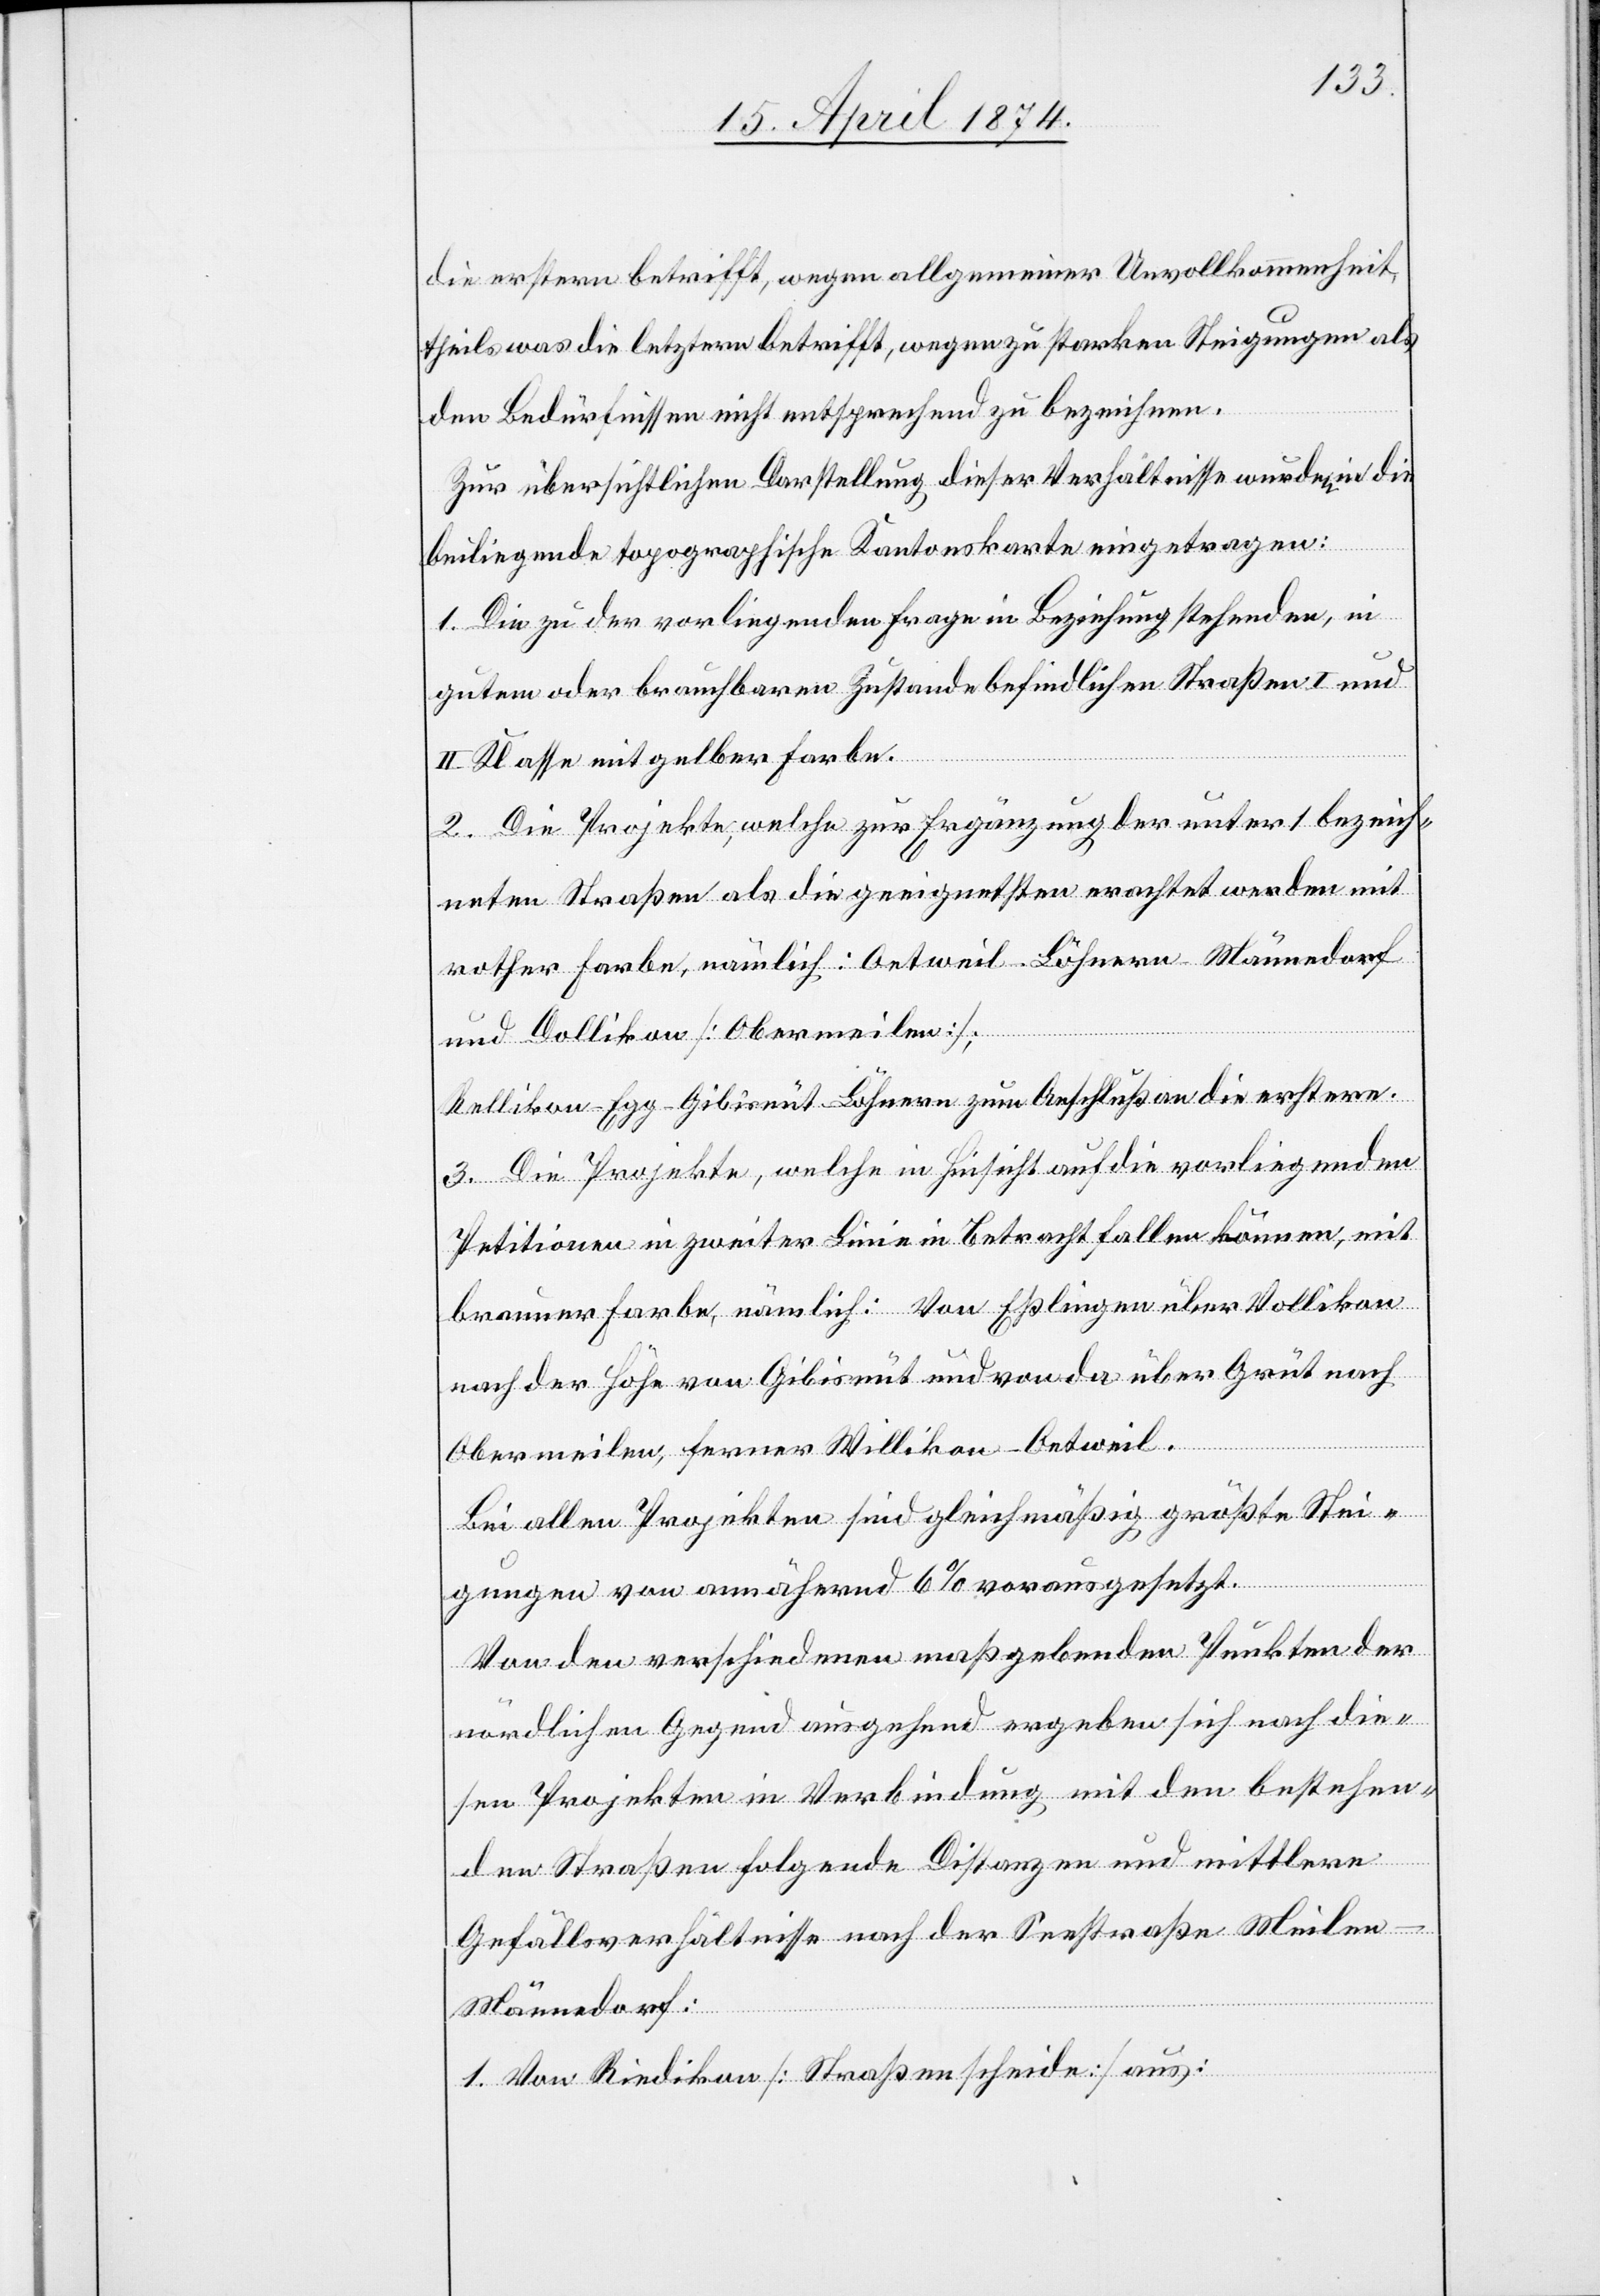
die erstern betrifft, wegen allgemeiner Unvollkommenheit,
theils was die letztern betrifft, wegen zu starken Steigungen als
den Bedürfnissen nicht entsprechend zu bezeichnen.
Zur übersichtlichen Darstellung dieser Verhältnisse wurde in die
beiliegende topographische Kantonskarte eingetragen:
1. Die zu der vorliegenden Frage in Beziehung stehenden, in
gutem oder brauchbaren Zustande befindlichen Straßen I. und
II. Klasse mit gelber Farbe.
2. Die Projekte, welche zur Ergänzung der unter 1 bezeich¬
neten Straßen als die geeignetsten erachtet werden mit
rother Farbe, nämlich: Oetweil-Löhnern-Männedorf
und Dollikon [Obermeilen];
Rellikon-Egg-Gibisnüt-Löhnern zum Anschluß an die erstern.
3. Die Projekte, welche in Hinsicht auf die vorliegenden
Petitionen in zweiter Linie in Betracht fallen können, mit
brauner Farbe, nämlich: Von Eßlingen über Vollikon
nach der Höhe von Gibisnüt und von da über Grüt nach
Obermeilen, ferner Willikon-Oetweil.
Bei allen Projekten sind gleichmäßig größte Stei¬
gungen von annähernd 6% vorausgesetzt.
Von den verschiedenen maßgebenden Punkten der
nördlichen Gegend ausgehend ergeben sich nach die¬
sen Projekten in Verbindung mit den bestehen¬
den Straßen folgende Distanzen und mittlere
Gefällsverhältnisse nach der Seestraße Meile¬
n-Männedorf:
1. Von Riedikon [Straßenscheide] aus: